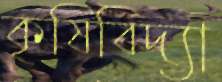
কৃষিবিদ্যা